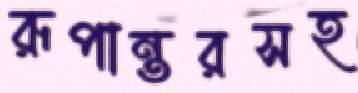
রূপান্তরসহ